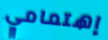
إهتمامي